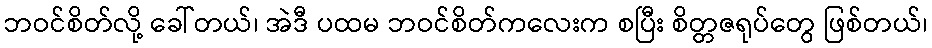
ဘဝင်စိတ်လို့ ခေါ်တယ်၊ အဲဒီ ပထမ ဘဝင်စိတ်ကလေးက စပြီး စိတ္တဇရုပ်တွေ ဖြစ်တယ်၊